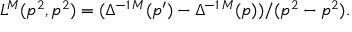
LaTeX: L ^ { M } ( p ^ { 2 } , p ^ { 2 } ) = ( \Delta ^ { - 1 \, M } ( p ^ { \prime } ) - \Delta ^ { - 1 \, M } ( p ) ) / ( p ^ { 2 } - p ^ { 2 } ) .